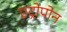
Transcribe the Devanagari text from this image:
एट्रोपोन